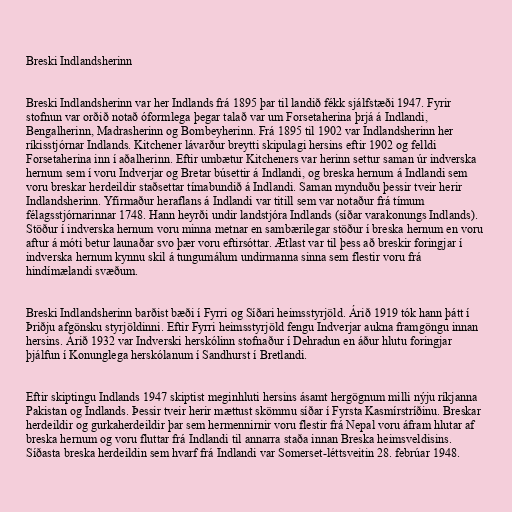
Breski Indlandsherinn

Breski Indlandsherinn var her Indlands frá 1895 þar til landið fékk sjálfstæði 1947. Fyrir
stofnun var orðið notað óformlega þegar talað var um Forsetaherina þrjá á Indlandi,
Bengalherinn, Madrasherinn og Bombeyherinn. Frá 1895 til 1902 var Indlandsherinn her
ríkisstjórnar Indlands. Kitchener lávarður breytti skipulagi hersins eftir 1902 og felldi
Forsetaherina inn í aðalherinn. Eftir umbætur Kitcheners var herinn settur saman úr indverska
hernum sem í voru Indverjar og Bretar búsettir á Indlandi, og breska hernum á Indlandi sem
voru breskar herdeildir staðsettar tímabundið á Indlandi. Saman mynduðu þessir tveir herir
Indlandsherinn. Yfirmaður heraflans á Indlandi var titill sem var notaður frá tímum
félagsstjórnarinnar 1748. Hann heyrði undir landstjóra Indlands (síðar varakonungs Indlands).
Stöður í indverska hernum voru minna metnar en sambærilegar stöður í breska hernum en voru
aftur á móti betur launaðar svo þær voru eftirsóttar. Ætlast var til þess að breskir foringjar í
indverska hernum kynnu skil á tungumálum undirmanna sinna sem flestir voru frá
hindímælandi svæðum.

Breski Indlandsherinn barðist bæði í Fyrri og Síðari heimsstyrjöld. Árið 1919 tók hann þátt í
Þriðju afgönsku styrjöldinni. Eftir Fyrri heimsstyrjöld fengu Indverjar aukna framgöngu innan
hersins. Árið 1932 var Indverski herskólinn stofnaður í Dehradun en áður hlutu foringjar
þjálfun í Konunglega herskólanum í Sandhurst í Bretlandi.

Eftir skiptingu Indlands 1947 skiptist meginhluti hersins ásamt hergögnum milli nýju ríkjanna
Pakistan og Indlands. Þessir tveir herir mættust skömmu síðar í Fyrsta Kasmírstríðinu. Breskar
herdeildir og gurkaherdeildir þar sem hermennirnir voru flestir frá Nepal voru áfram hlutar af
breska hernum og voru fluttar frá Indlandi til annarra staða innan Breska heimsveldisins.
Síðasta breska herdeildin sem hvarf frá Indlandi var Somerset-léttsveitin 28. febrúar 1948.